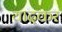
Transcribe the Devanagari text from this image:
यादकर